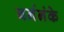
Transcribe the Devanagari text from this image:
बर्ननंके